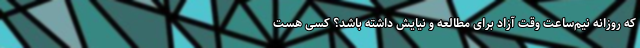
که روزانه نیم‌ساعت وقت آزاد برای مطالعه و نیایش داشته باشد؟ کسی هست